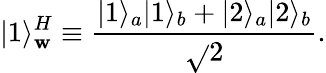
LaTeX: |1\rangle_{\mathbf{w}}^{H}\equiv{\frac{{|1\rangle_{a}|1\rangle_{b}+|2\rangle_{a}|2\rangle_{b}}}{{\sqrt{}{{2}}}}}.